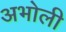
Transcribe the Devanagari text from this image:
अभोली